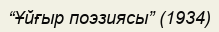
“Ұйғыр поэзиясы” (1934)